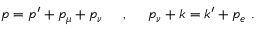
p = p ^ { \prime } + p _ { \mu } + p _ { \nu } \phantom { a b c } , \phantom { a b c } p _ { \nu } + k = k ^ { \prime } + p _ { e } \ .